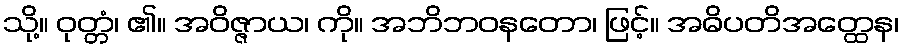
သို့။ ဝုတ္တံ၊ ၏။ အဝိဇ္ဇာယ၊ ကို။ အဘိဘဝနတော၊ ဖြင့်။ အဓိပတိအတ္ထေန၊